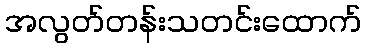
အလွတ်တန်းသတင်းထောက်